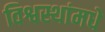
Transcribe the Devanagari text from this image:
विश्वस्थांमधे